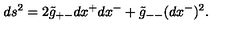
d s ^ { 2 } = 2 \tilde { g } _ { + - } d x ^ { + } d x ^ { - } + \tilde { g } _ { -- } ( d x ^ { - } ) ^ { 2 } .